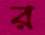
র